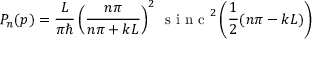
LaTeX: P _ { n } ( p ) = { \frac { L } { \pi \hbar } } \left( { \frac { n \pi } { n \pi + k L } } \right) ^ { 2 } \, { \textrm { s i n c } } ^ { 2 } \left( { \frac { 1 } { 2 } } ( n \pi - k L ) \right)